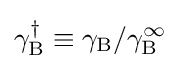
\gamma _{\mathrm {B} }^{\dagger }\equiv \gamma _{\mathrm {B} }/\gamma _{\mathrm {B} }^{\infty }